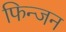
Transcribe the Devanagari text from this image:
फिन्जन